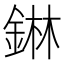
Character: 𮢅